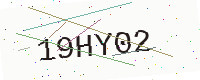
Text: 19HY02